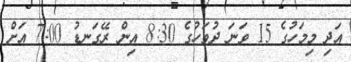
އަދި މިމަހުގެ 15 ވަނަ ދުވަހުގެ 8:30 އިން ރޭގަނޑު 7:00 އަށް